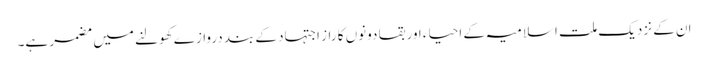
ان کے نزدیک ملت اسلامیہ کے احیاء اور بقا دونوں کا راز اجتہاد کے بند دروازے کھولنے میں مضمر ہے۔